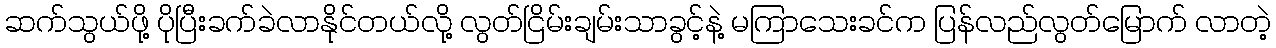
ဆက်သွယ်ဖို့ ပိုပြီးခက်ခဲလာနိုင်တယ်လို့ လွတ်ငြိမ်းချမ်းသာခွင့်နဲ့ မကြာသေးခင်က ပြန်လည်လွတ်မြောက် လာတဲ့